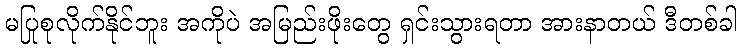
မပြုစုလိုက်နိုင်ဘူး အကိုပဲ အမြည်းဖိုးတွေ ရှင်းသွားရတာ အားနာတယ် ဒီတစ်ခါ